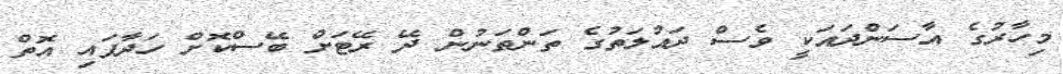
މިހާރުގެ އާސަންދައަކީ ވެސް ދައުލަތުގެ ތަންތަނުން ދޭ ރޭޓަށް ބޭސްކޮށް ހަދާފައި އޮތް